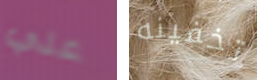
علي تخفينه